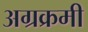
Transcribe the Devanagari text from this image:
अग्रक्रमी